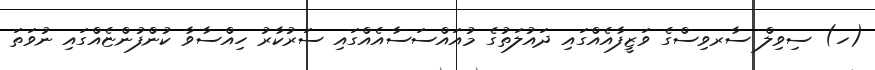
(ހ) ސިވިލް ސާރވިސްގެ ވަޒީފާއެއްގައި ދައުލަތުގެ މުއައްސަސާއެއްގައި ސަރުކާރު ހިއްސާވާ ކުންފުންޏެއްގައި ނުވަތަ